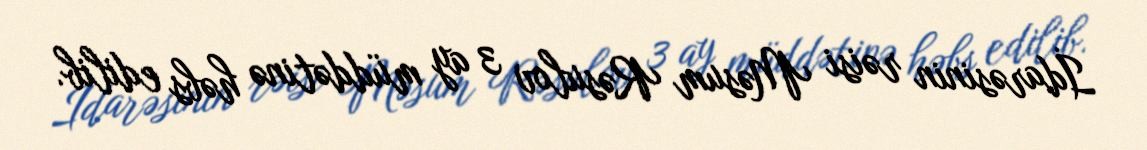
İdarəsinin rəisi Məsum Rəsulov 3 ay müddətinə həbs edilib.